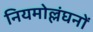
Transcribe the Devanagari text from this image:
नियमोल्लंघनों